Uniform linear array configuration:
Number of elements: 24
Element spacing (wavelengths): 0.25
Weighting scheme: uniform
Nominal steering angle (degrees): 15
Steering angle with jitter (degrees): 16.378
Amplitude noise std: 0.05
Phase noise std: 0.05

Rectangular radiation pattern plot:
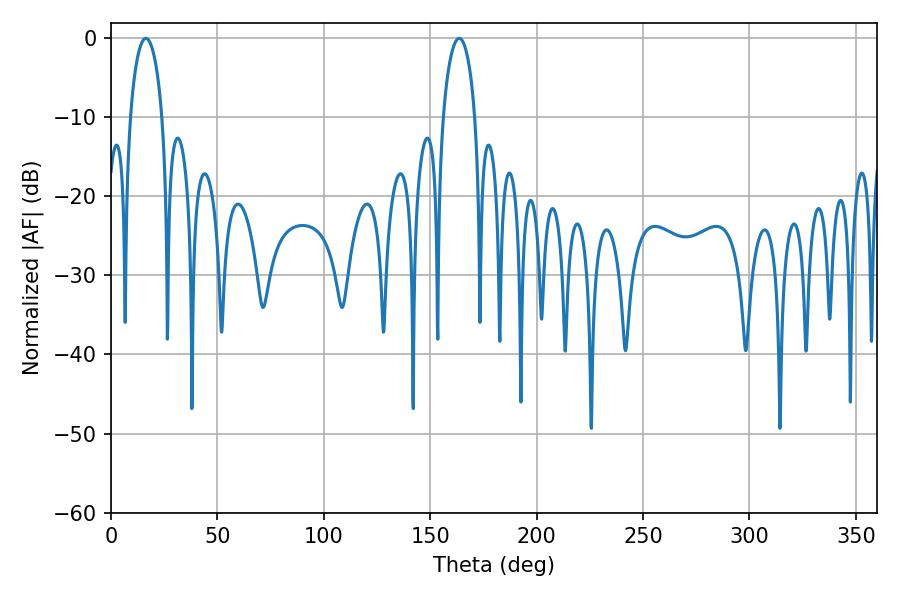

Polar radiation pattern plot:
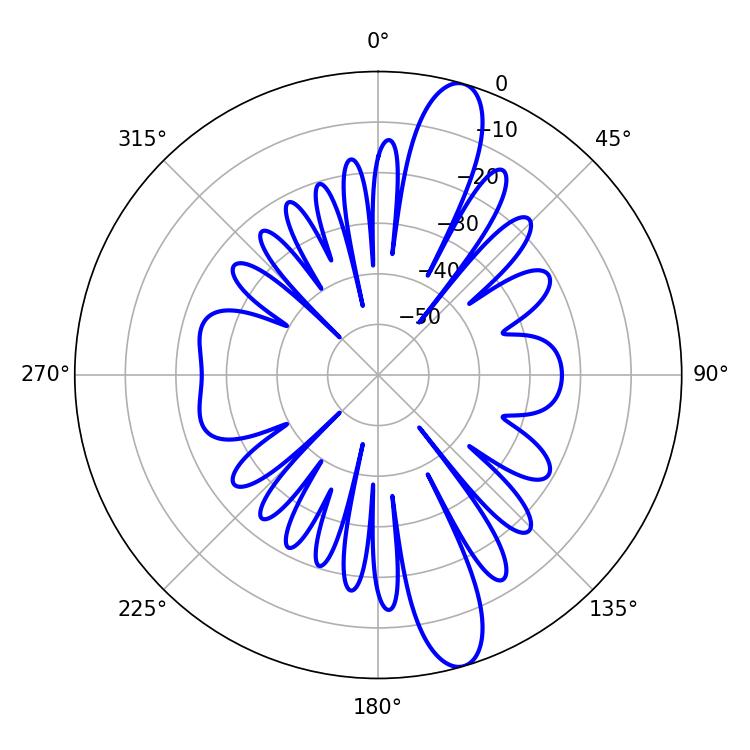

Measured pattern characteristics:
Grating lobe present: FALSE
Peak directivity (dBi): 13.188
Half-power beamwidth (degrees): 8.64
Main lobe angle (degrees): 16.38